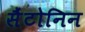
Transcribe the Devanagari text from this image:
सैंटोनिन